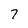
Character: 7